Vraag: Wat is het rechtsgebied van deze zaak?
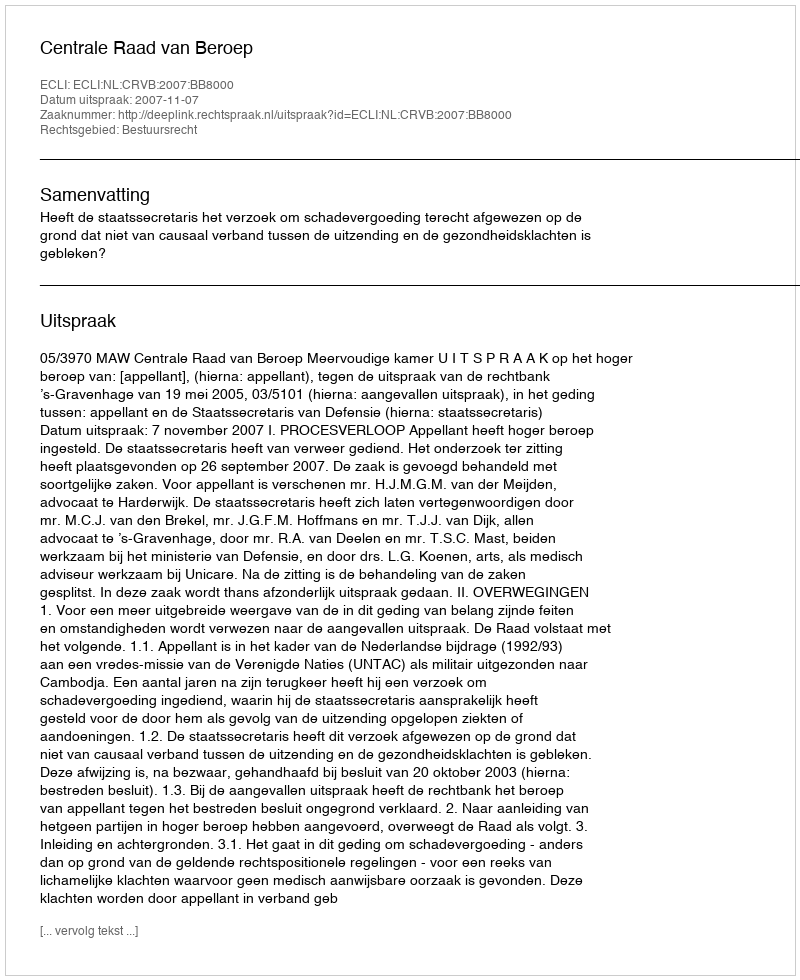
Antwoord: Bestuursrecht